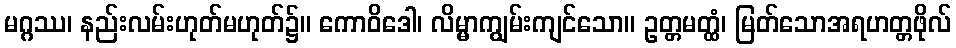
မဂ္ဂဿ၊ နည်းလမ်းဟုတ်မဟုတ်၌။ ကောဝိဒေါ၊ လိမ္မာကျွမ်းကျင်သော။ ဥတ္တမတ္ထံ၊ မြတ်သောအရဟတ္တဖိုလ်